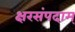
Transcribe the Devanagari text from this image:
क्षरसंपदाम्